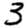
Digit: 3